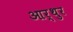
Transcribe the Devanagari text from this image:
आर्थुर